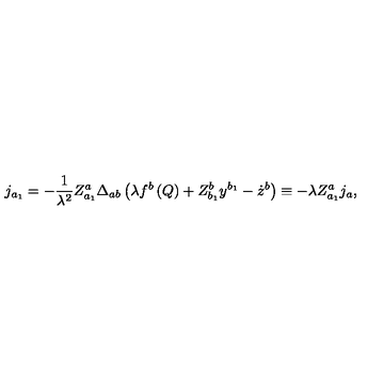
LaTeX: j _ { a _ { 1 } } = - \frac 1 { \lambda ^ { 2 } } Z _ { a _ { 1 } } ^ { a } \Delta _ { a b } \left( \lambda f ^ { b } \left( Q \right) + Z _ { b _ { 1 } } ^ { b } y ^ { b _ { 1 } } - \dot { z } ^ { b } \right) \equiv - \lambda Z _ { a _ { 1 } } ^ { a } j _ { a } ,